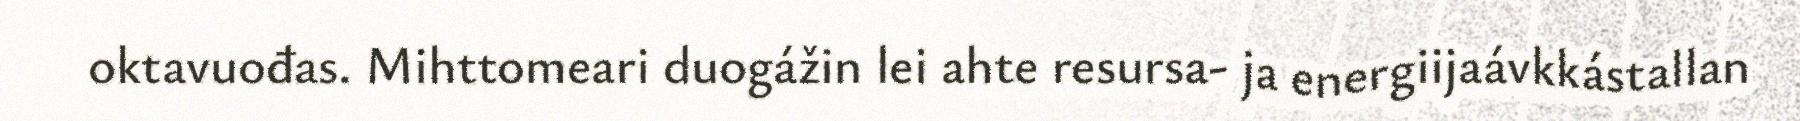
oktavuođas. Mihttomeari duogážin lei ahte resursa- ja energiijaávkkástallan